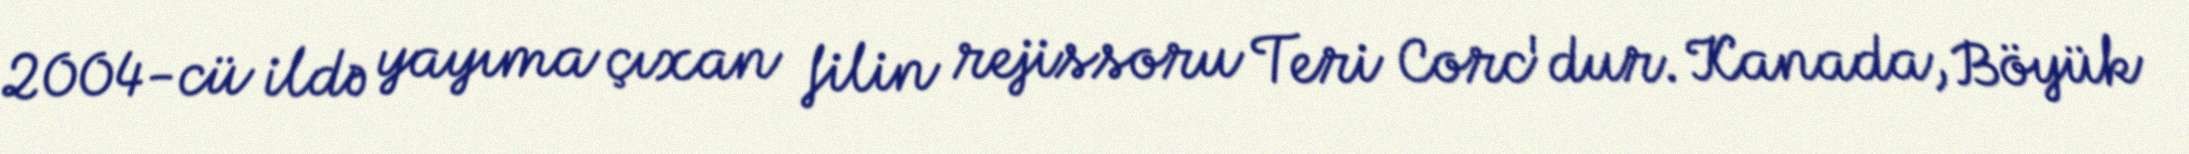
2004-cü ildə yayıma çıxan filin rejissoru Teri Corc'dur. Kanada, Böyük